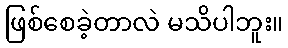
ဖြစ်စေခဲ့တာလဲ မသိပါဘူး။